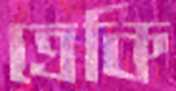
ত্রেকি